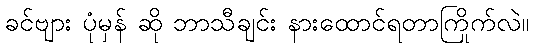
ခင်ဗျား ပုံမှန် ဆို ဘာသီချင်း နားထောင်ရတာကြိုက်လဲ။